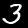
Digit: 3